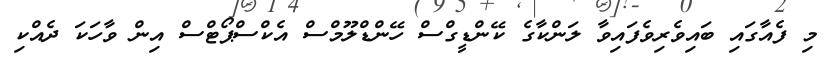
މި ފެއާގައި ބައިވެރިވެފައިވާ ލަންކާގެ ކޭންޑީގްސް ހޭންޑްލޫމްސް އެކްސްޕޯޓްސް އިން ވާހަކަ ދެއްކި